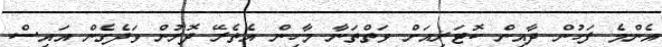
އެންމެ ފަހުން ދާއިން ކޮޓަރިއަށް ވަތްތަނާ މާހިން އެތެރޭ ދޮރުން ވަދެގެން އައިސް